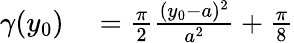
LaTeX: \begin{array}{rl}{\gamma(y_{0})}&{{}=\frac{\pi}{2}\frac{(y_{0}-a)^{2}}{a^{2}}+\frac{\pi}{8}}\end{array}